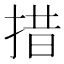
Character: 措